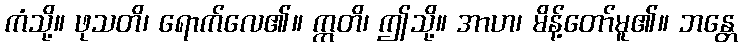
ကံသို့။ ဖုသတိ၊ ရောက်လေ၏။ ဣတိ၊ ဤသို့။ အာဟ၊ မိန့်တော်မူ၏။ ဘန္တေ